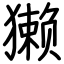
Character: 獭